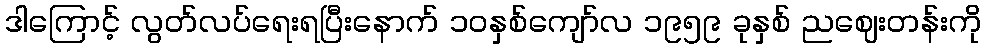
ဒါကြောင့် လွတ်လပ်ရေးရပြီးနောက် ၁၀နှစ်ကျော်လ ၁၉၅၉ ခုနှစ် ညဈေးတန်းကို